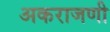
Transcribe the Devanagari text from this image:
अकराजणी